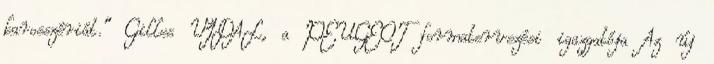
karosszériát." Gilles VIDAL, a PEUGEOT formatervezési igazgatója Az új